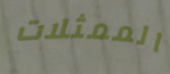
الممثلات